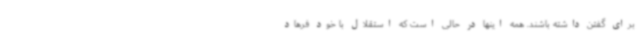
برای گفتن داشته باشند. همه اینها در حالی است که استقلال با خود فرهاد